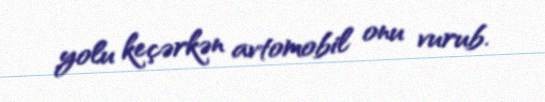
yolu keçərkən avtomobil onu vurub.